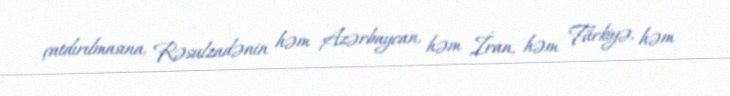
çatdırılmasına, Rəsulzadənin həm Azərbaycan, həm İran, həm Türkiyə, həm